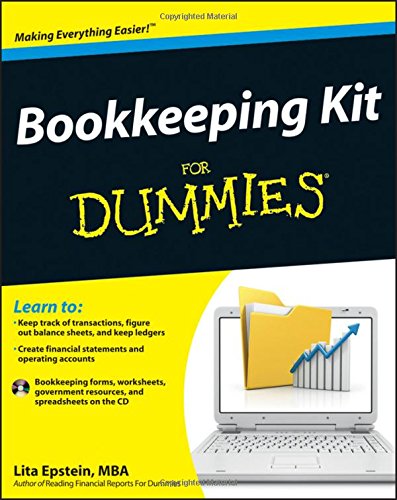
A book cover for Bookkeeping Kit For Dummies; Lita Epstein; Business & Money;